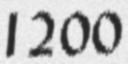
1200